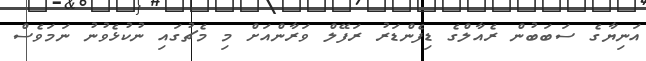
އަނިޔާގެ ސަބަބުން ރެއާލްގެ ޑިފެންޑަރު ރަފޭލް ވަރާންއަށް މި މެޗުގައި ނުކުޅެވުނު ނަމަވެސް